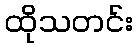
ထိုသတင်း